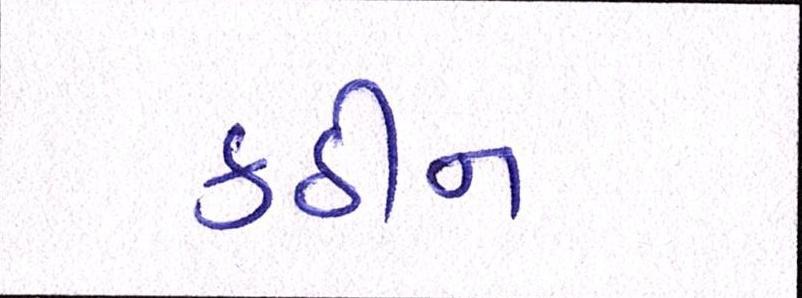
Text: કઠીન